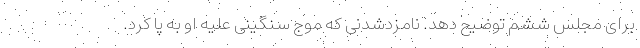
برای مجلس ششم توضیح دهد. نامزد‌شدنی که موج سنگینی علیه او به پا کرد.